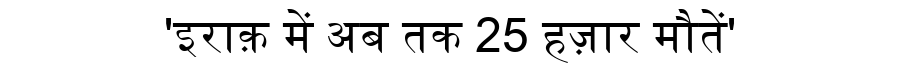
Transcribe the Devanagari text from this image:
'इराक़ में अब तक 25 हज़ार मौतें'